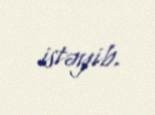
istəyib.